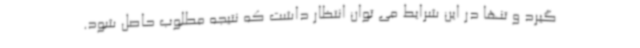
گیرد و تنها در این شرایط می توان انتظار داشت که نتیجه مطلوب حاصل شود.